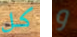
كل و